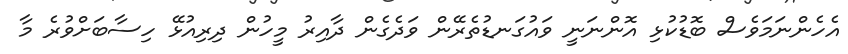
އެހެންނަމަވެސް ބޮޑުކުޅި އޮންނަނީ ވައުގަނޑުތެރޭން ވަދެގެން ދާއިރު މީހުން ދިރިއުޅޭ ހިސާބަށްވުރެ މާ